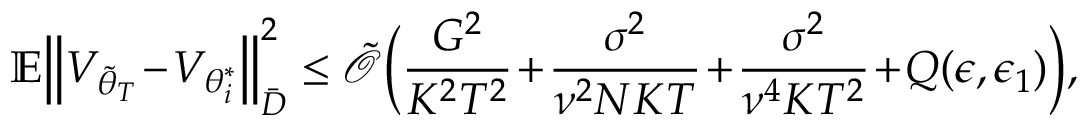
\mathbb { E } \Big \lVert V _ { \tilde { \theta } _ { T } } \! - \! V _ { \theta _ { i } ^ { * } } \Big \rVert _ { \bar { D } } ^ { 2 } \le \tilde { \mathcal { O } } \Big ( \frac { G ^ { 2 } } { K ^ { 2 } T ^ { 2 } } \! + \! \frac { \sigma ^ { 2 } } { \nu ^ { 2 } N K T } \! + \! \frac { \sigma ^ { 2 } } { { \nu } ^ { 4 } K T ^ { 2 } } \! + \! Q ( \epsilon , \epsilon _ { 1 } ) \Big ) ,